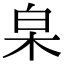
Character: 𣐩